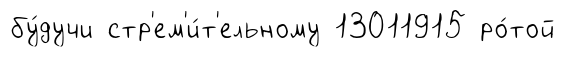
бу́дучи стр'ем'и́т'ельному 13011915 ро́той